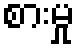
စားမှု